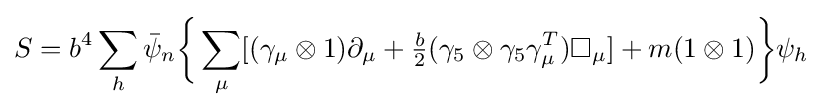
S=b^{4}\sum _{h}{\bar {\psi }}_{n}{\bigg \{}\sum _{\mu }[(\gamma _{\mu }\otimes 1)\partial _{\mu }+{\tfrac {b}{2}}(\gamma _{5}\otimes \gamma _{5}\gamma _{\mu }^{T})\square _{\mu }]+m(1\otimes 1){\bigg \}}\psi _{h}